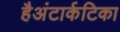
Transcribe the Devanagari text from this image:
हैअंटार्कटिका